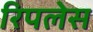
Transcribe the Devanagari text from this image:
रिपलेस